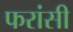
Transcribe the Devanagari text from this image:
फरांसी